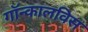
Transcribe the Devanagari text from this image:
गॉन्कालविस